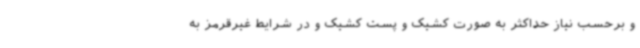
و برحسب نیاز حداکثر به صورت کشیک و پست کشیک و در شرایط غیرقرمز به